Civil Veterinary Dept. Bombay admin report 1932-41 - 1932-1941
Year: 1932
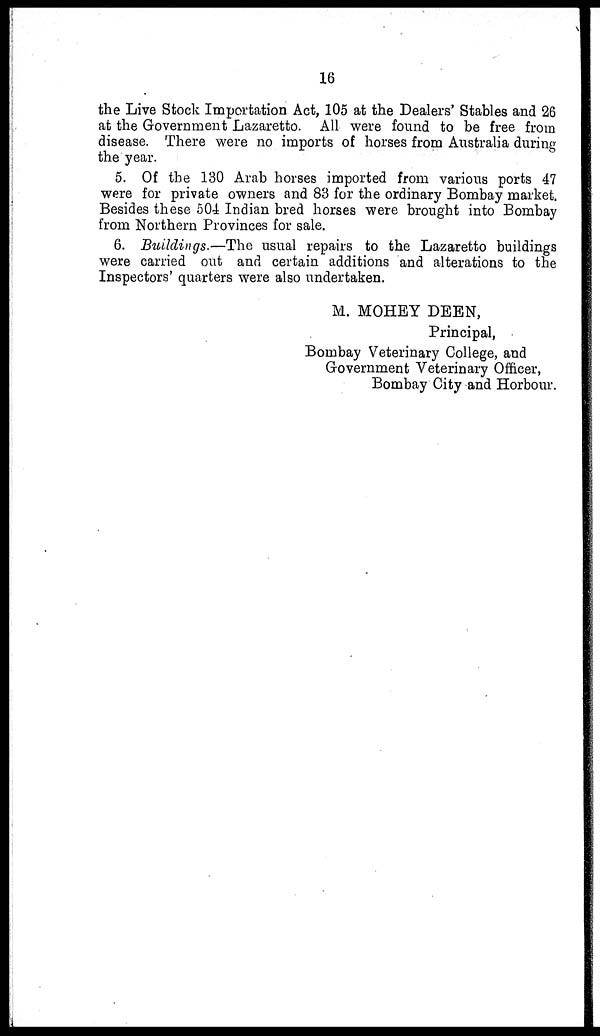
16
the Live Stock Importation Act, 105 at the Dealers' Stables and 26
at the Government Lazaretto. All were found to be free from
disease. There were no imports of horses from Australia during
the year.
5. Of the 130 Arab horses imported from various ports 47
were for private owners and 83 for the ordinary Bombay market.
Besides these 504 Indian bred horses were brought into Bombay
from Northern Provinces for sale.
6. Buildings.—The usual repairs to the Lazaretto buildings
were carried out and certain additions and alterations to the
Inspectors' quarters were also undertaken.
M. MOHEY DEEN,
Principal,
Bombay Veterinary College, and
Government Veterinary Officer,
Bombay City and Horbour.